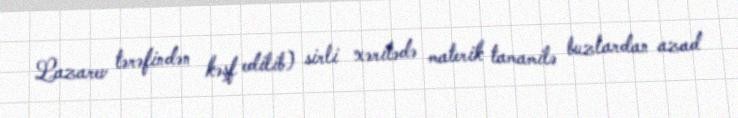
Lazarev tərəfindən kəşf edilib) sirli xəritədə materik tamamilə buzlardan azad